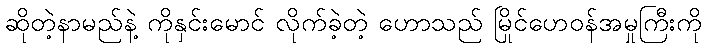
ဆိုတဲ့နာမည်နဲ့ ကိုနှင်းမောင် လိုက်ခဲ့တဲ့ ဟောသည် မြိုင်ဟေဝန်အမှုကြီးကို